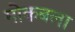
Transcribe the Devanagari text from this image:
मोकबला